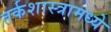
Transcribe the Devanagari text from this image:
तर्कशास्त्रामध्ये